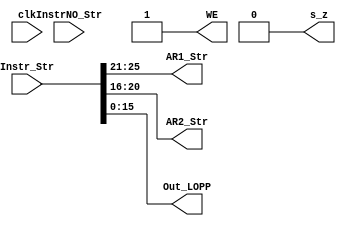
module StrOPP(
input  wire [31:0] Instr_Str,
input  wire [31:0] InstrNO_Str,

//--regfile
output reg  [4:0]  AR1_Str,
output reg  [4:0]  AR2_Str,
output reg         WE,
//--ALU
output reg  [15:0]  Out_LOPP,
output reg         s_z,
input  wire		   clk
);

always@(posedge clk)
begin
 //WE=1'b0;

end

always@(Instr_Str,InstrNO_Str)
begin
    
	  Out_LOPP = Instr_Str[15:0];
      AR1_Str  = Instr_Str[25:21];
	  AR2_Str  = Instr_Str[20:16];	
      s_z = 0; 
	  WE=1'b1;
	  
end



endmodule